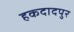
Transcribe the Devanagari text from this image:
हकदादपुर